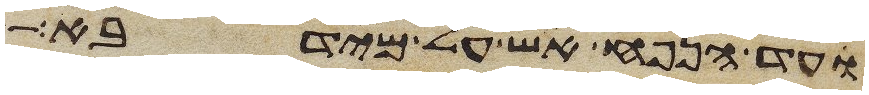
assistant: עד הנפח אש על מידבא